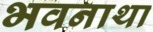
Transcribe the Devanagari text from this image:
भवनाथा